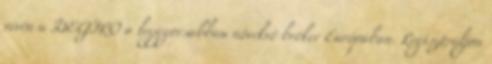
révén a DEGIRO a leggyorsabban növekvő bróker Európában. Regisztráljon